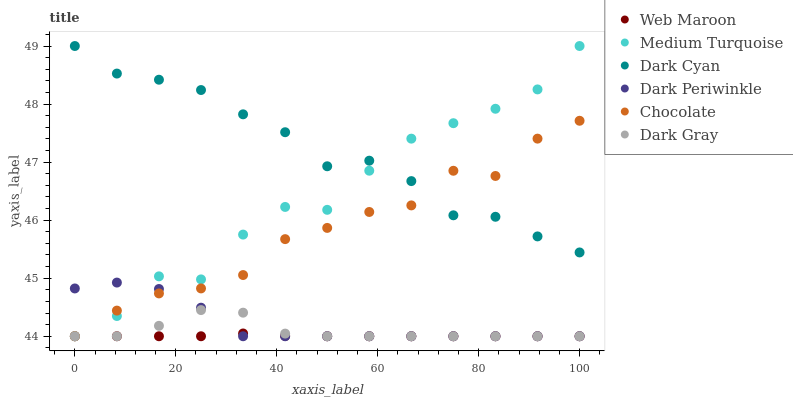
| xaxis_label | Web Maroon | Medium Turquoise | Dark Cyan | Dark Periwinkle | Chocolate | Dark Gray |
 | --- | --- | --- | --- | --- | --- | --- |
 | 0 | 44 | 44 | 49 | 44.8 | 44 | 44 |
 | 8.33 | 44 | 44.3 | 48.5 | 44.9 | 44.4 | 44 |
 | 16.7 | 44 | 45 | 48.4 | 44.8 | 44.7 | 44.2 |
 | 25 | 44 | 45 | 48.2 | 44.5 | 44.8 | 44.5 |
 | 33.3 | 44 | 45.8 | 47.8 | 44 | 45.1 | 44.4 |
 | 41.7 | 44 | 46.2 | 47.5 | 44 | 45.7 | 44 |
 | 50 | 44 | 46.2 | 46.9 | 44 | 45.9 | 44 |
 | 58.3 | 44 | 46.9 | 47 | 44 | 46.1 | 44 |
 | 66.7 | 44 | 47.4 | 46.7 | 44 | 46.3 | 44 |
 | 75 | 44 | 47.7 | 46.1 | 44 | 46.9 | 44 |
 | 83.3 | 44 | 47.9 | 46.1 | 44 | 46.8 | 44 |
 | 91.7 | 44 | 48.3 | 45.7 | 44 | 47.4 | 44 |
 | 100 | 44 | 49 | 45.4 | 44 | 47.7 | 44 |